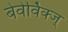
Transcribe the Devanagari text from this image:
बेवेर्विक्ज्